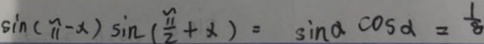
\sin ( \pi - x ) \sin ( \frac { \pi } { 2 } + x ) = \sin \alpha \cos \alpha = \frac { 1 } { 8 }